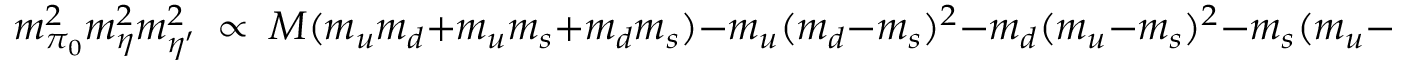
m _ { \pi _ { 0 } } ^ { 2 } m _ { \eta } ^ { 2 } m _ { \eta ^ { \prime } } ^ { 2 } \ \propto \ M ( m _ { u } m _ { d } + m _ { u } m _ { s } + m _ { d } m _ { s } ) - m _ { u } ( m _ { d } - m _ { s } ) ^ { 2 } - m _ { d } ( m _ { u } - m _ { s } ) ^ { 2 } - m _ { s } ( m _ { u } - m _ { d } ) ^ { 2 }